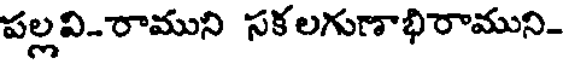
పల్లవి-రాముని సకలగుణాభిరాముని-